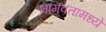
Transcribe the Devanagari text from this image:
भागवतामध्ये